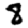
Digit: 8